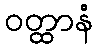
ဝတ္ထာနံ